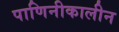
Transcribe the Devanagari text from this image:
पाणिनीकालीन